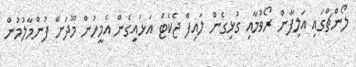
ލޯންޗްގައި އަލިފާން ރޯވުމާއި ގުޅިގެން ލައިފް ޖެކެޓް އަޅައިގެން އެމީހުން މޫދަށް ފުންމާލުމުން